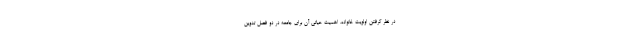
در نظر گرفتن اولویت خانواده، اهمیت حیاتی آن برای جامعه در دو فصل تدوین